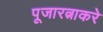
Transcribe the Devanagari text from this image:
पूजारत्नाकरे